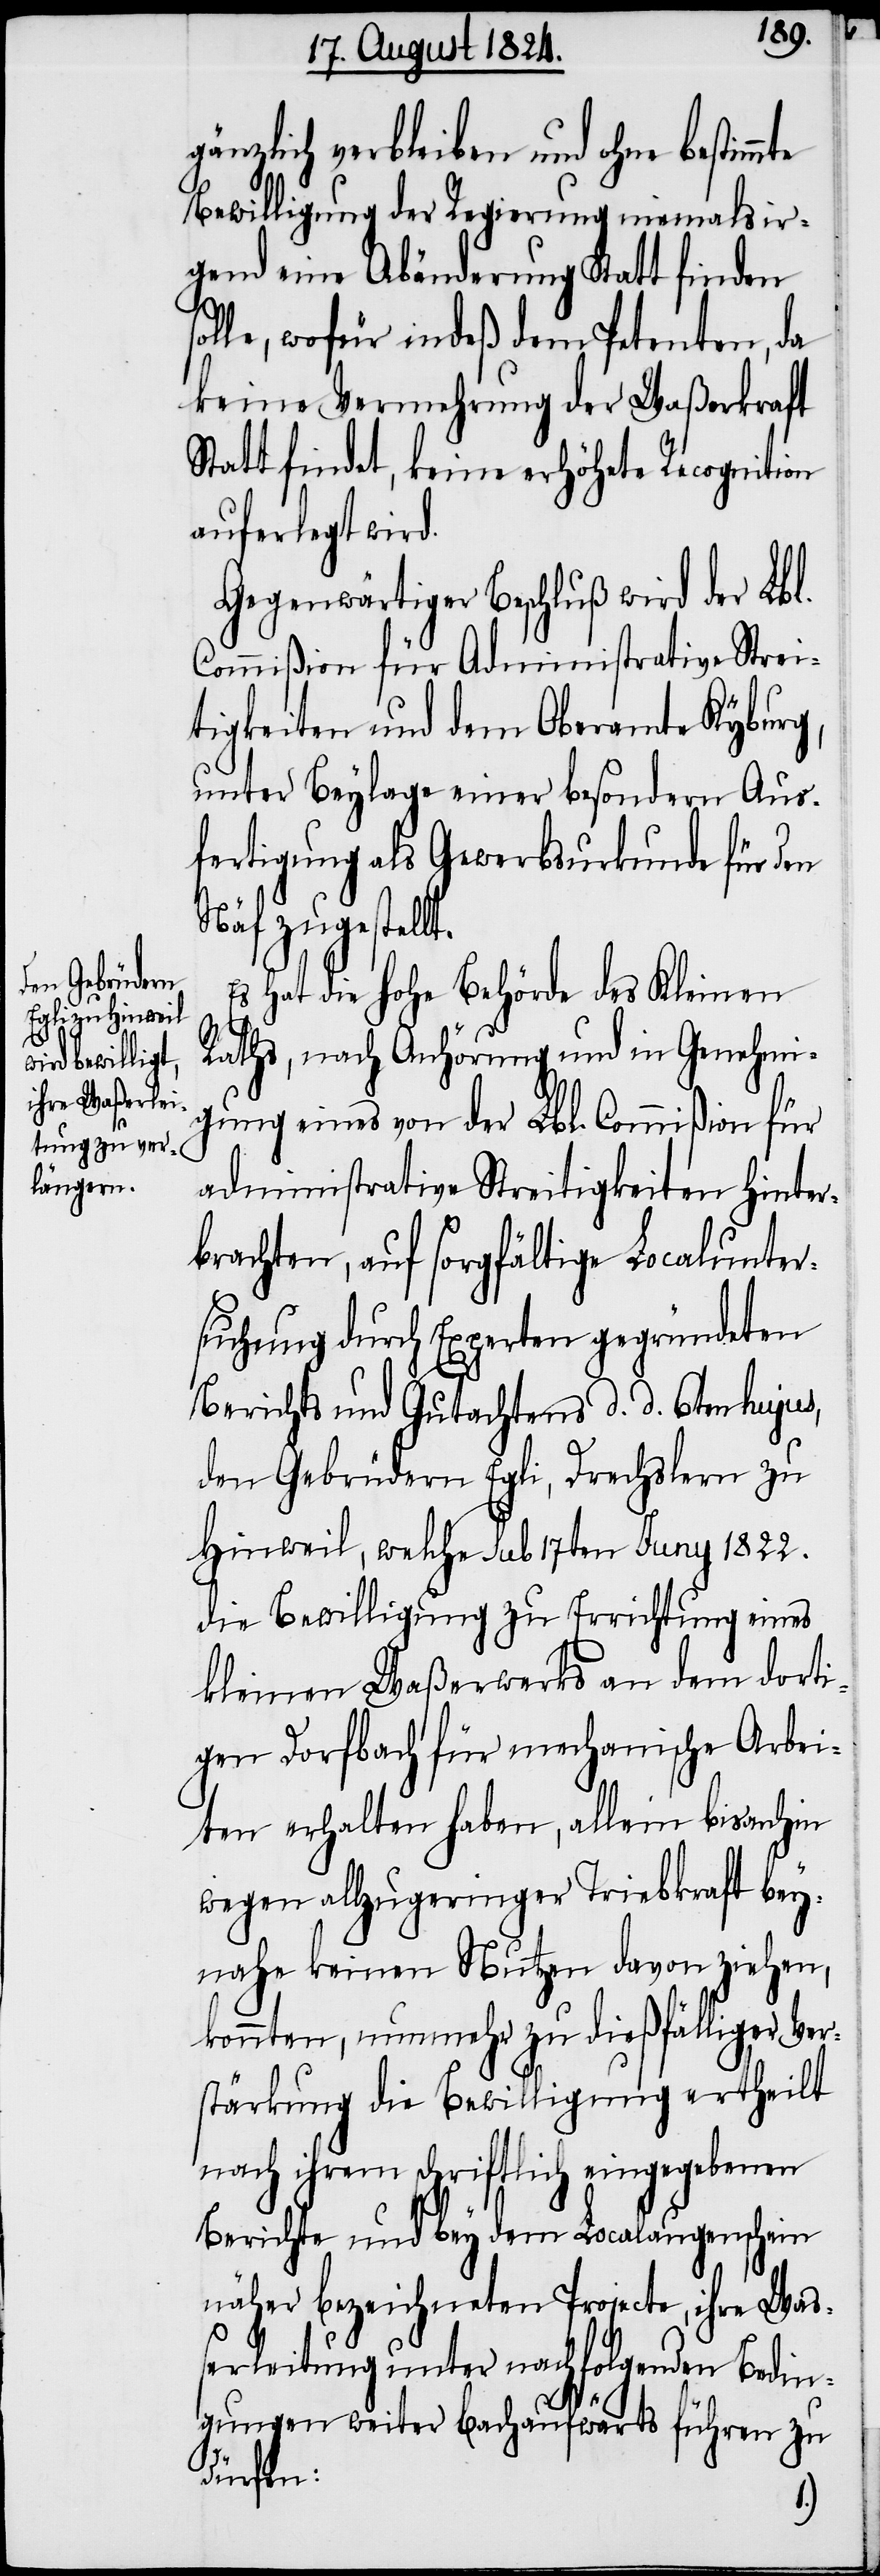
gänzlich verbleiben und ohne bestimm¬
Bewilligung der Regierung niemals ir¬
gend eine Abänderung Statt finden
solle, wofür indeß dem Petenten, da
keine Vermehrung der Waßerkraft
Statt findet, keine erhöhete Recognition
auferlegt wird.
Gegenwärtiger Beschluß wird der Lbl.
Commißion für Administrative Strei¬
tigkeiten und dem Oberamte Kyburg,
unter Beylage einer besondern Aus¬
fertigung als Gewerbsurkunde für den
Näf zugestellt.
Es hat die Hohe Behörde des Kleinen
Rathes, nach Anhörung und in Genehmi¬
gung eines von der Lbl. Commißion für
administrative Streitigkeiten hinter¬
brachten, auf sorgfältige Localunter¬
suchung durch Experten gegründeten
Berichts und Gutachtens d. d. 6ten hujus,
den Gebrüdern Egli, Drechslern zu
Hinweil, welche sub 17ten Juny 1822.
die Bewilligung zu Errichtung eines
kleinen Waßerwerks an dem dorti¬
gen Dorfbach für mechanische Arbei¬
ten erhalten haben, allein bis anhin
wegen allzugeringer Triebkraft bey¬
nahe keinen Nutzen davon ziehen,
konnten, nunmehr zu dießfälliger Ver¬
stärkung die Bewilligung ertheilt
nach ihrem schriftlich eingegebenen
Berichte und bey dem Localaugenschein
näher bezeichneten Projecte, ihre Waß¬
erleitung unter nachfolgenden Bedin¬
gungen weiter Bachaufwärts führen zu
dürfen:

te